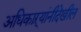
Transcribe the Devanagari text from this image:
अधिकाऱ्यांनीदेखील